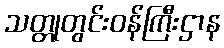
သတ္တုတွင်းဝန်ကြီးဌာန